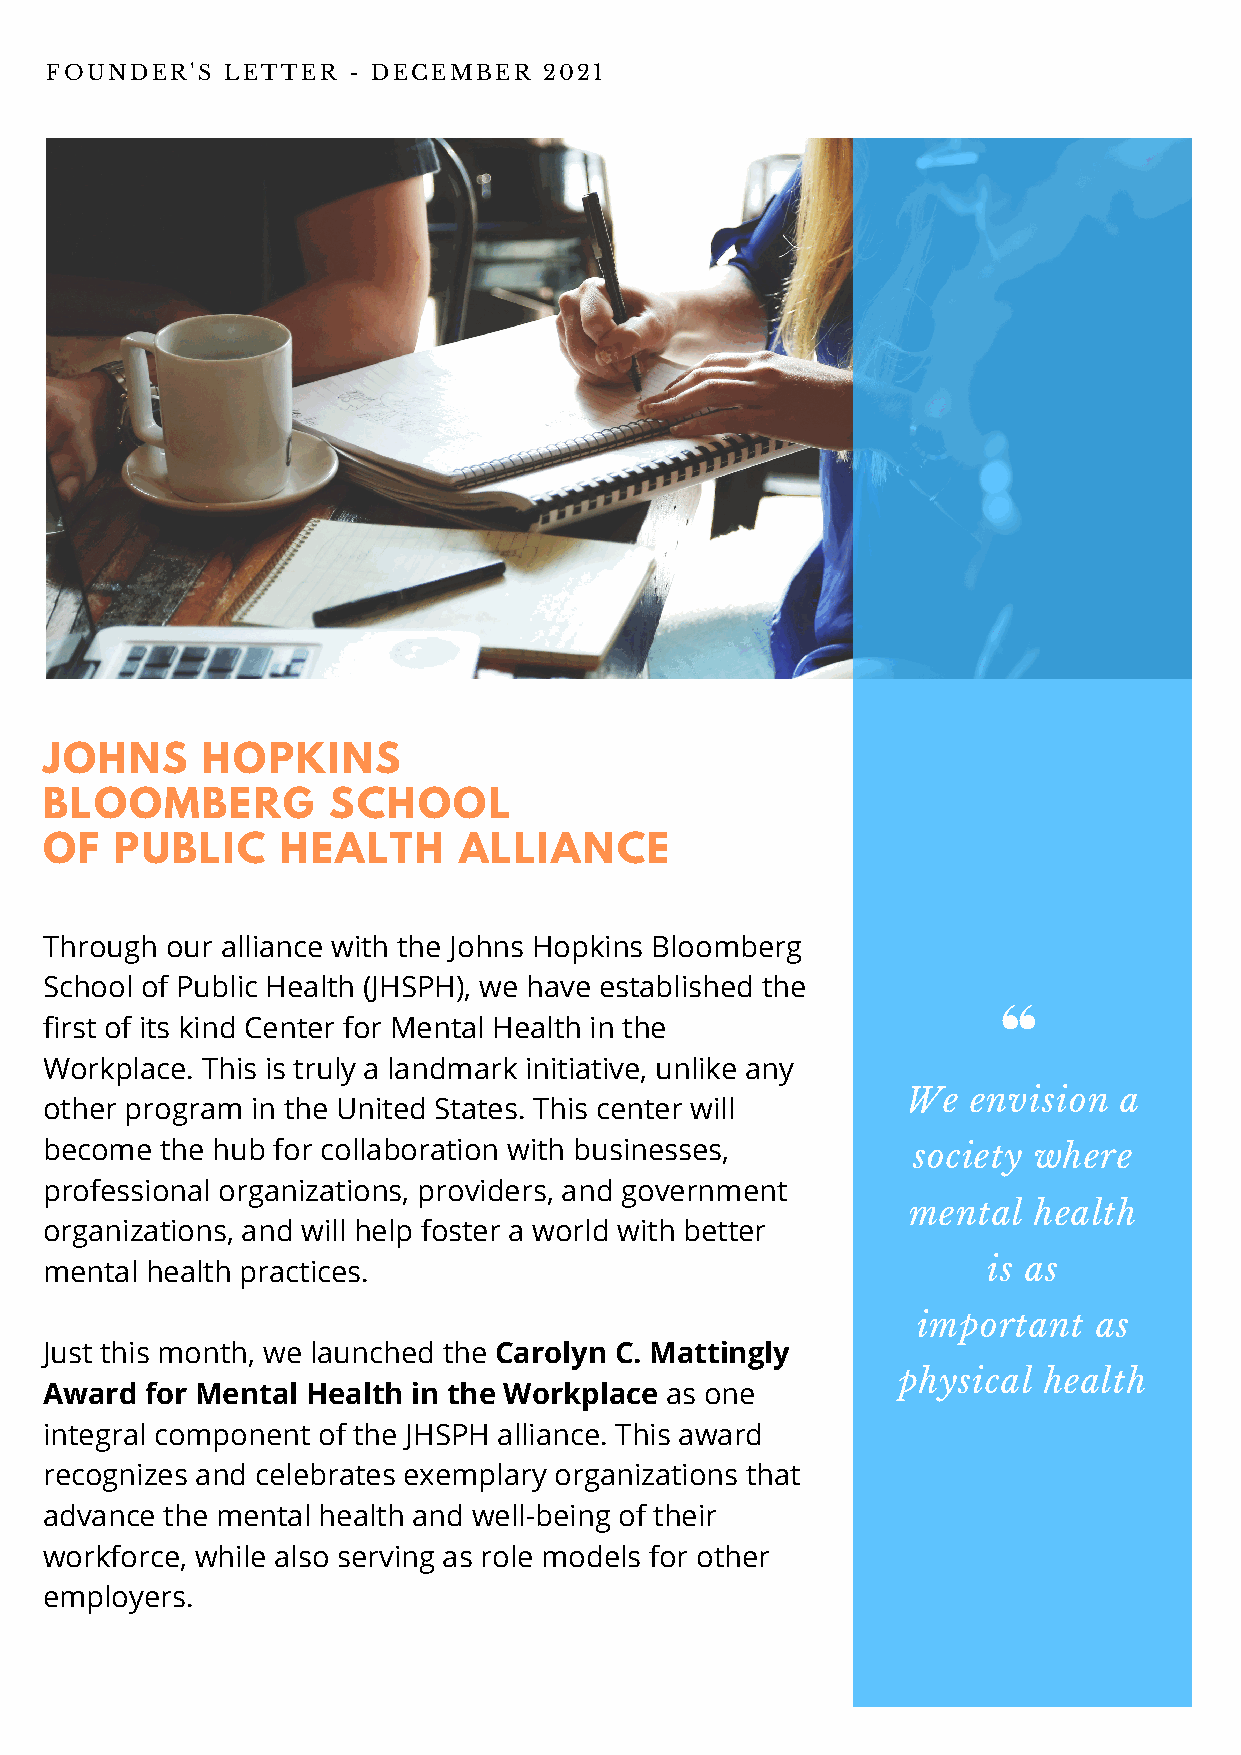
FOUNDER'S   LETTER  - DECEMBER   2021
 JOHNS     HOPKINS
 BLOOMBERG          SCHOOL
 OF   PUBLIC     HEALTH     ALLIANCE
 Through our alliance with the Johns Hopkins Bloomberg
 School of Public Health (JHSPH), we have established the
 first of its kind Center for Mental Health in the
 Workplace. This is truly a landmark initiative, unlike any
 We  envision  a
 other program in the United States. This center will
 become  the hub for collaboration with businesses,       society where
 professional organizations, providers, and government
 mental  health
 organizations, and will help foster a world with better
 mental health practices.                                      is as
 important   as
 Just this month, we launched the Carolyn C. Mattingly
 physical health
 Award  for Mental Health in the Workplace as one
 integral component of the JHSPH alliance. This award
 recognizes and celebrates exemplary organizations that
 advance the mental health and well-being of their
 workforce, while also serving as role models for other
 employers.